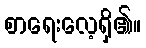
စာရေးလေ့ရှိ၏။